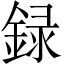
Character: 録